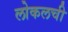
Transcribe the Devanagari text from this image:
लोकलची